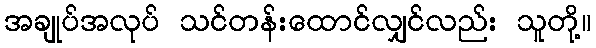
အချုပ်အလုပ် သင်တန်းထောင်လျှင်လည်း သူတို့။